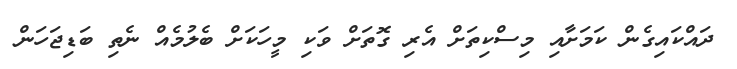
ދައްކައިގެން ކަމަށާއި މިސްކިތަށް އެރި ގޮތަށް ވަކި މީހަކަށް ބެލުމެއް ނެތި ބަޑިޖަހަން